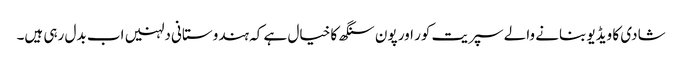
شادی کا ویڈیو بنانے والے سپریت کور اور پون سنگھ کا خیال ہے کہ ہندوستانی دلہنیں اب بدل رہی ہیں۔